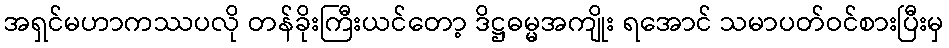
အရှင်မဟာကဿပလို တန်ခိုးကြီးယင်တော့ ဒိဋ္ဌဓမ္မအကျိုး ရအောင် သမာပတ်ဝင်စားပြီးမှ